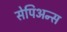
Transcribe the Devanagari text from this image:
सेपिअन्स